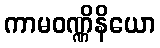
ကာမဝဏ္ဏိနိယော